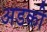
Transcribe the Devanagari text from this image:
अडकी